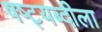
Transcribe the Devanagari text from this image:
षष्ट्यब्दीला